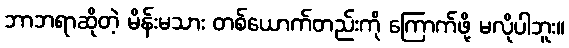
ဘာဘရာဆိုတဲ့ မိန်းမသား တစ်ယောက်တည်းကို ကြောက်ဖို့ မလိုပါဘူး။